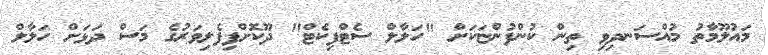
މައުލޫމާތު މުއްސަނދިވި ތިން ކުންފުންޏަކަށް "ހަލާލް ސެޓްފިކެޓް" ދޫކޮށްފިފެލިވަރުގެ މަސް ދަޅަށް ހަލާލް